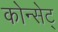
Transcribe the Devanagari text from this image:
कोन्सेट्